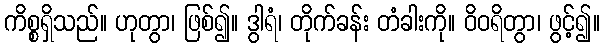
ကိစ္စရှိသည်။ ဟုတွာ၊ ဖြစ်၍။ ဒွါရံ၊ တိုက်ခန်း တံခါးကို။ ဝိဝရိတွာ၊ ဖွင့်၍။